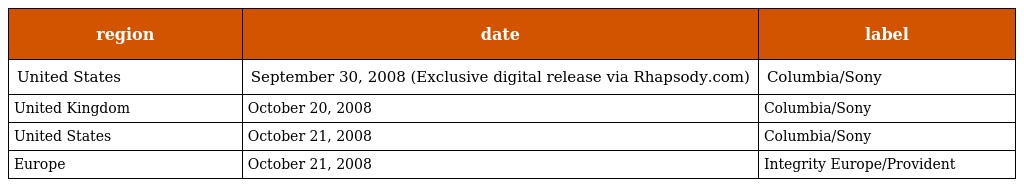
| region | date | label |
 | --- | --- | --- |
 | United States | September 30, 2008 (Exclusive digital release via Rhapsody.com) | Columbia/Sony |
 | United Kingdom | October 20, 2008 | Columbia/Sony |
 | United States | October 21, 2008 | Columbia/Sony |
 | Europe | October 21, 2008 | Integrity Europe/Provident |